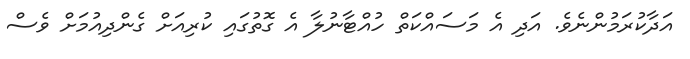
އަދާކުރަމުންނެވެ. އަދި އެ މަސައްކަތް ހުއްޓާނުލާ އެ ގޮތުގައި ކުރިއަށް ގެންދިއުމަށް ވެސް